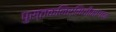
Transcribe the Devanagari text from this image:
पुस्तकनिर्मितीमागचा